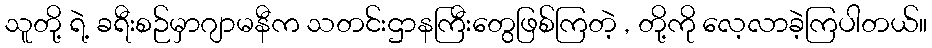
သူတို့ ရဲ့ ခရီးစဉ်မှာဂျာမနီက သတင်းဌာနကြီးတွေဖြစ်ကြတဲ့ , တို့ကို လေ့လာခဲ့ကြပါတယ်။